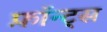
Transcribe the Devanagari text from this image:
फ़ॉन्ट्‍स